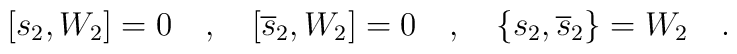
[ s_2, W_2 ] = 0\quad,\quad[\overline{s}_2, W_2]=0\quad,\quad\{s_2,\overline{s}_2\}=W_2\quad.